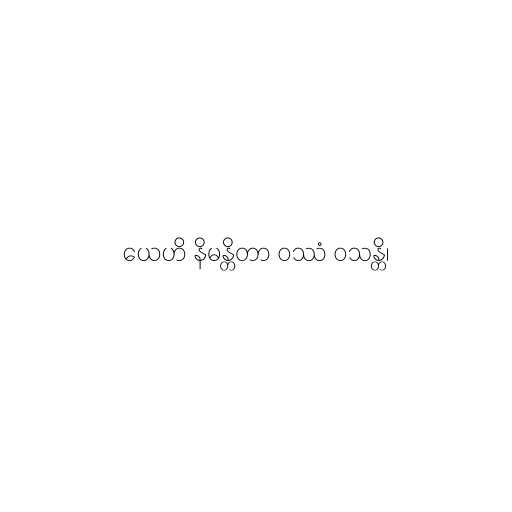
ယေဟိ နိမန္တိတာ ဝဿံ ဝသန္တိ၊